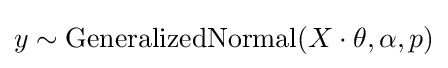
y\sim \mathrm {GeneralizedNormal} (X\cdot \theta ,\alpha ,p)